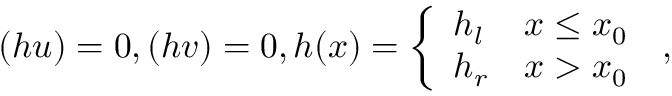
( h u ) = 0 , ( h v ) = 0 , h ( x ) = \left\{ \begin{array} { l l } { h _ { l } } & { x \leq x _ { 0 } } \\ { h _ { r } } & { x > x _ { 0 } } \end{array} \right. \, ,